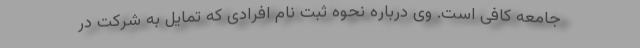
جامعه کافی است. وی درباره نحوه ثبت نام افرادی که تمایل به شرکت در